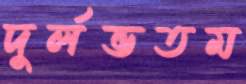
দুর্লভতম